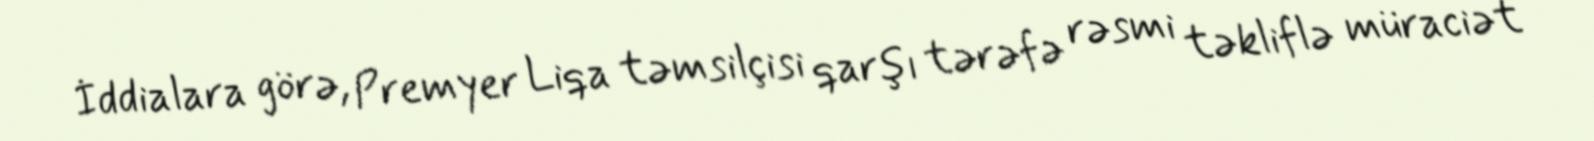
İddialara görə, Premyer Liqa təmsilçisi qarşı tərəfə rəsmi təkliflə müraciət